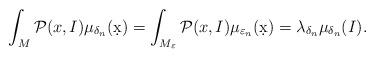
LaTeX: \begin{align*} \int_M \mathcal P(x,I) \mu_{\delta_n}(\d x) &= \int_{M_\varepsilon} \mathcal P(x,I) \mu_{\varepsilon_n}(\d x) = \lambda_{\delta_n} \mu_{\delta_n} (I).\end{align*}